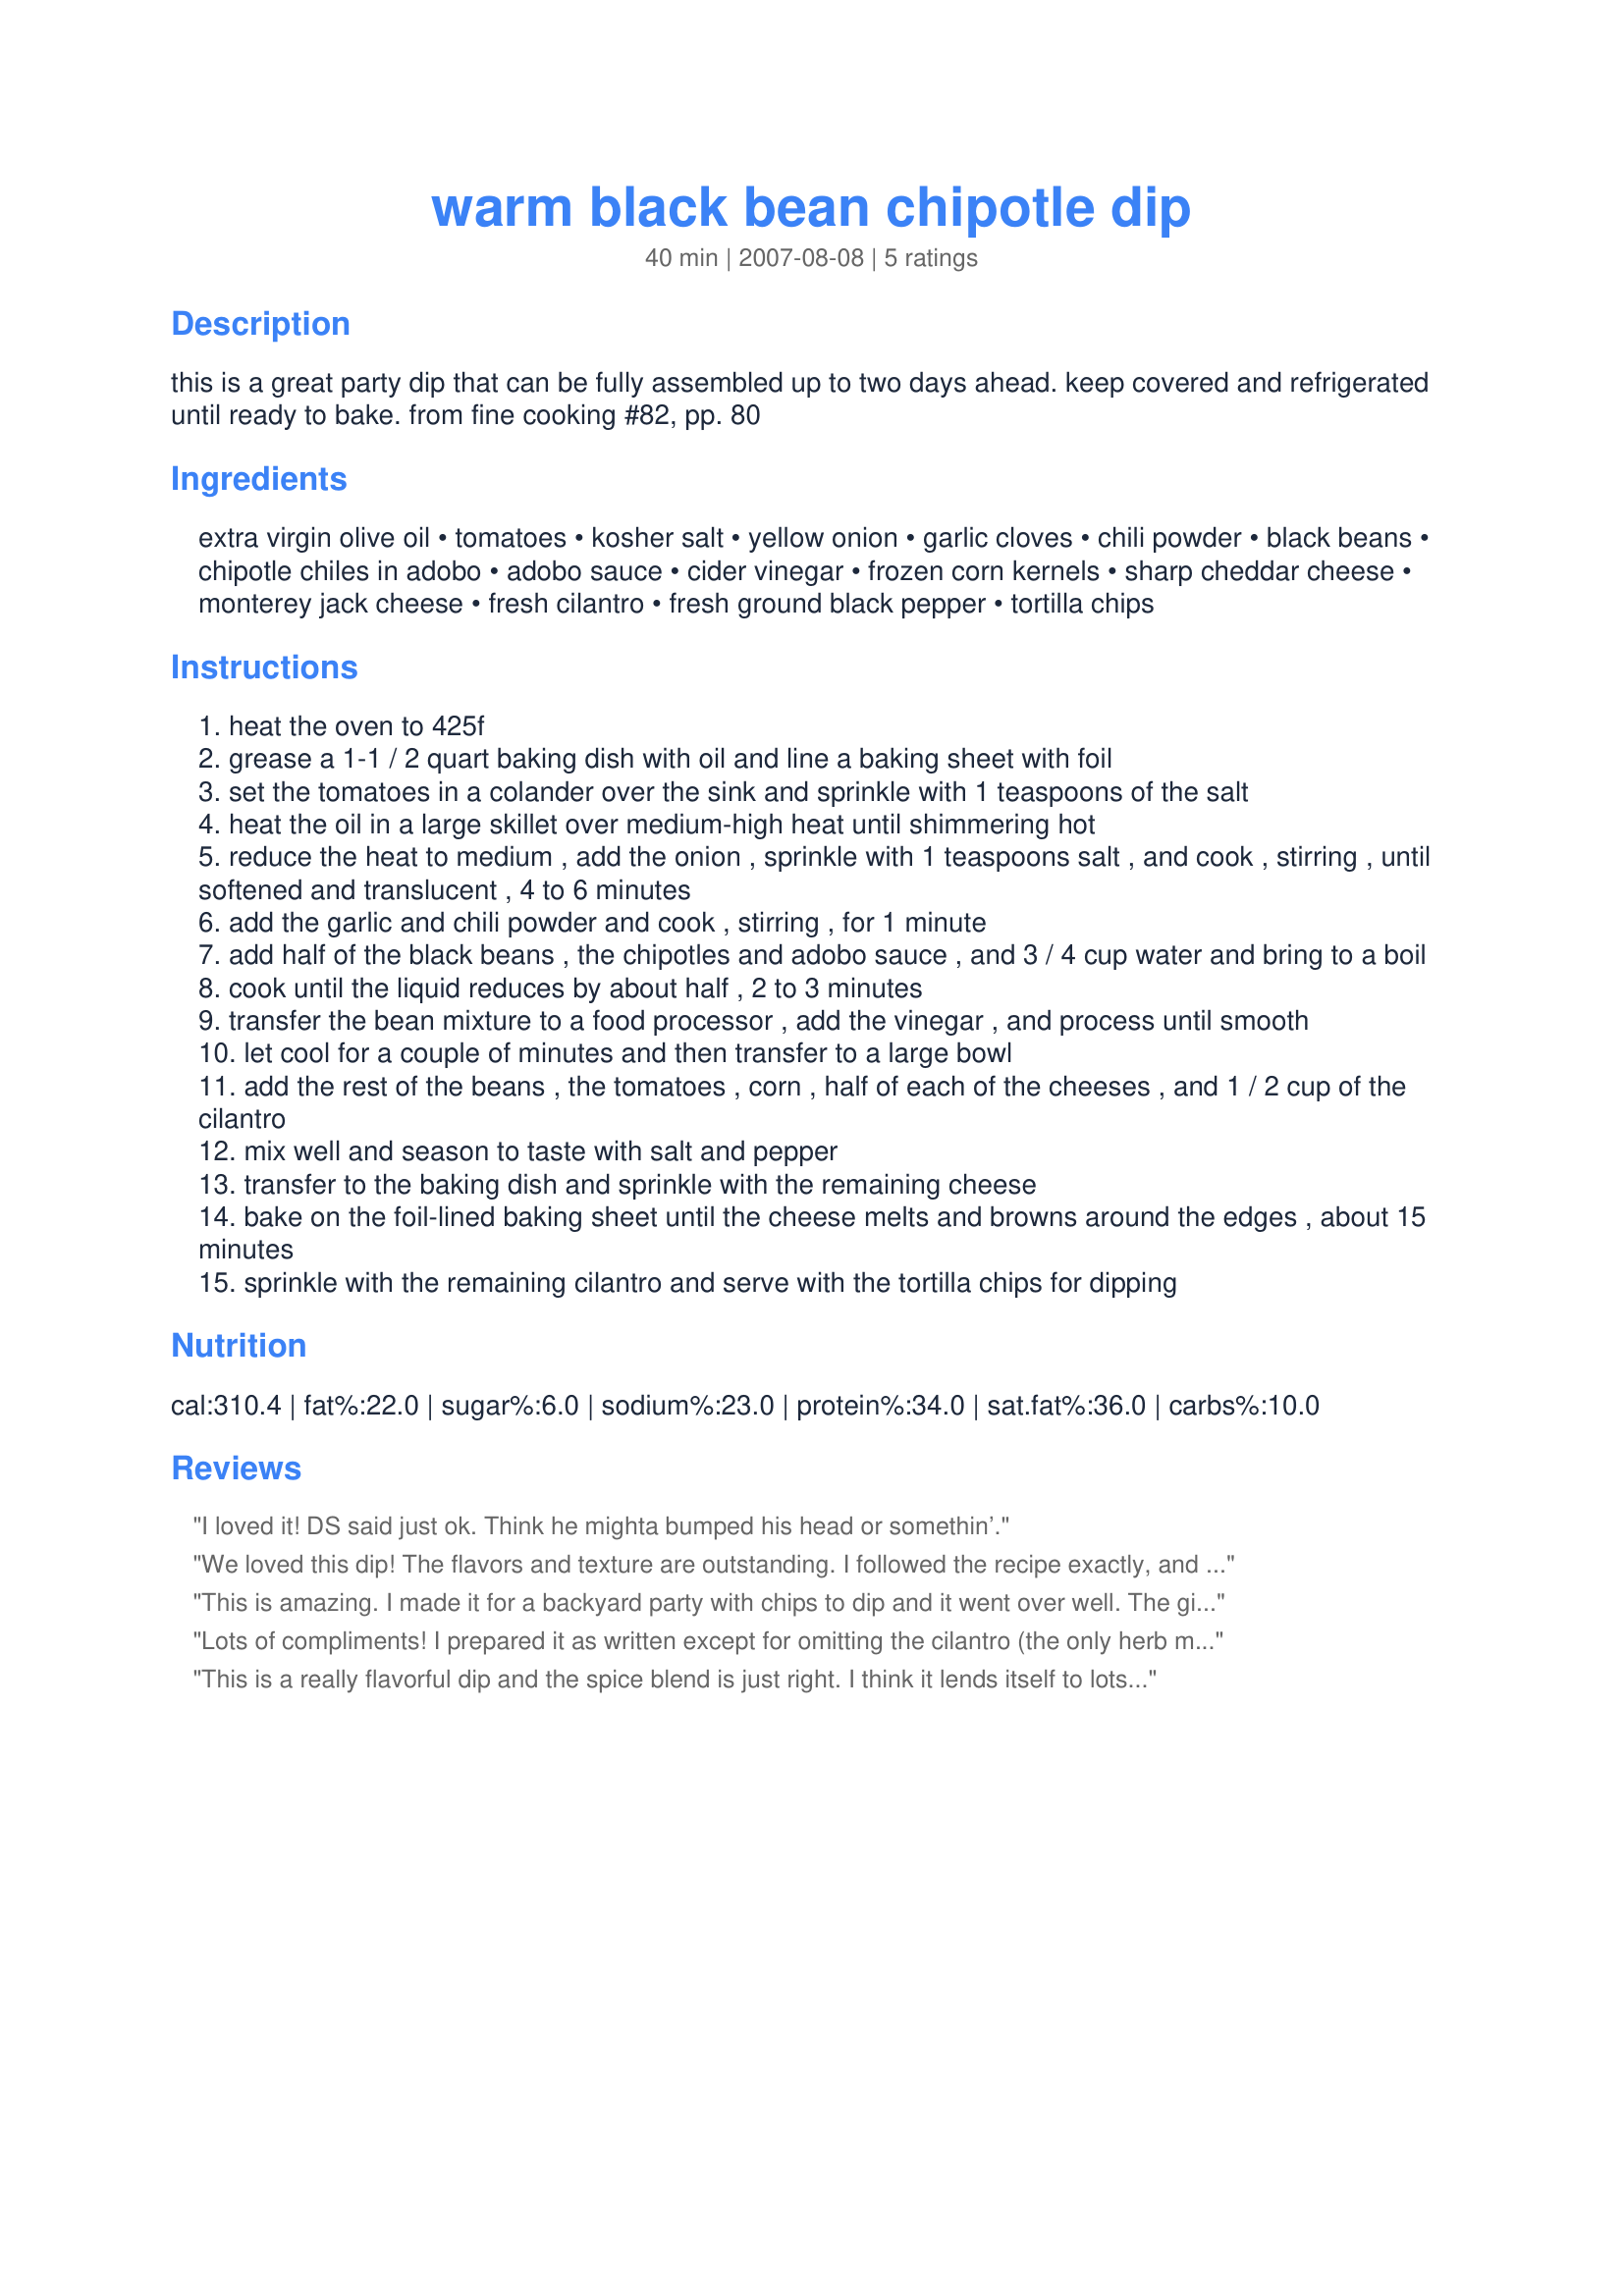
warm black bean chipotle dip
Preparation time: 40 minutes

this is a great party dip that can be fully assembled up to two days ahead. keep covered and refrigerated until ready to bake.

from fine cooking #82, pp. 80

Ingredients:
extra virgin olive oil, tomatoes, kosher salt, yellow onion, garlic cloves, chili powder, black beans, chipotle chiles in adobo, adobo sauce, cider vinegar, frozen corn kernels, sharp cheddar cheese, monterey jack cheese, fresh cilantro, fresh ground black pepper, tortilla chips

Steps:
heat the oven to 425f
grease a 1-1 / 2 quart baking dish with oil and line a baking sheet with foil
set the tomatoes in a colander over the sink and sprinkle with 1 teaspoons of the salt
heat the oil in a large skillet over medium-high heat until shimmering hot
reduce the heat to medium , add the onion , sprinkle with 1 teaspoons salt , and cook , stirring , until softened and translucent , 4 to 6 minutes
add the garlic and chili powder and cook , stirring , for 1 minute
add half of the black beans , the chipotles and adobo sauce , and 3 / 4 cup water and bring to a boil
cook until the liquid reduces by about half , 2 to 3 minutes
transfer the bean mixture to a food processor , add the vinegar , and process until smooth
let cool for a couple of minutes and then transfer to a large bowl
add the rest of the beans , the tomatoes , corn , half of each of the cheeses , and 1 / 2 cup of the cilantro
mix well and season to taste with salt and pepper
transfer to the baking dish and sprinkle with the remaining cheese
bake on the foil-lined baking sheet until the cheese melts and browns around the edges , about 15 minutes
sprinkle with the remaining cilantro and serve with the tortilla chips for dipping

Reviews:
I loved it! DS said just ok. Think he mighta bumped his head or somethin’.
We loved this dip! The flavors and texture are outstanding. I followed the recipe exactly, and wouldn't change a thing. It was a bit time-consuming for a dip, not to mention the kitchen mess, but the recommendation that it can be made ahead is helpful.

A great discovery to Pick A Chef Fall 2007.
This is amazing. I made it for a backyard party with chips to dip and it went over well. The girls at the party have been bugging me for the recipe. I skipped the adobo sauce, cilantro and used just regular cheese and it was still great! I'm definitley making this again.
Lots of compliments! I prepared it as written except for omitting the cilantro (the only herb my family can't tolerate) and subbing canned tomatoes since fresh were unavailable. Because the tomatoes used were the standard type rather than 'salt-free', I cut back the amount of salt added to slightly under 1-1/2 tsp. to compensate, and that worked well. One kid requested more tomatoes next time, another asked me to double the corn, and yet another voted for even more cheese. Once my crew goes into their James Beard routine, critiquing a dish and making suggestions, it's a sure sign that they loved it! Thanks so much for sharing. We'll enjoy 'tweaking' this to personal taste, but it's just wonderful as is!
This is a really flavorful dip and the spice blend is just right. I think it lends itself to lots of variation by using different types of beans and/or cheese. I would add more tomatoes next time and decrease the amount of cheese (just personal preference). I might also try using 1/2 refried beans and 1/2 whole beans to eliminate the food processor step. 
I would recommend making this ahead of time and allowing flavors to blend. My original review was for four stars, but after sitting overnight it got even better. My DH is still oohing and aahing. Thanks for posting Melissa!.
